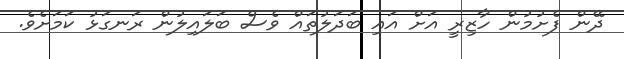
ދޭން ފެށުމުން ހާޒިރީ އަށް އައި ބަދަލުތައް ވެސް ބަލައިލުން ރަނގަޅު ކަމަށެވެ.